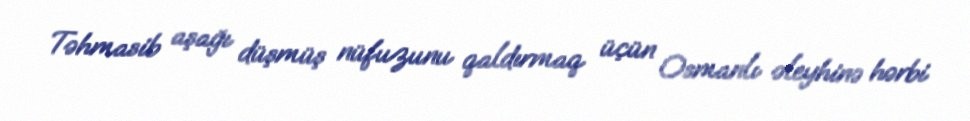
Təhmasib aşağı düşmüş nüfuzunu qaldırmaq üçün Osmanlı əleyhinə hərbi